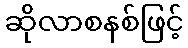
ဆိုလာစနစ်ဖြင့်